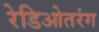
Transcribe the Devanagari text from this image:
रेडिओतरंग